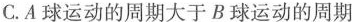
C.A球运动的周期大于B球运动的周期